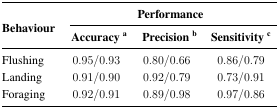
<table><thead><tr><td rowspan="2"><b>Behavior</b></td><td colspan="3"><b>Performance</b></td></tr><tr><td><b>Accuracy <sup>a</sup></b></td><td><b>Precision <sup>b</sup></b></td><td><b>Sensitivity <sup>c</sup></b></td></tr></thead><tbody><tr><td>Flushing</td><td>0.95/0:93</td><td>0:80/0:66</td><td>0:86/0:79</td></tr><tr><td>Landing</td><td>0:91/0:90</td><td>0:92/0:79</td><td>0:73/0:91</td></tr><tr><td>Foraging</td><td>0:92/0:91</td><td>0:89/0:98</td><td>0:97/0:86</td></tr></tbody></table>